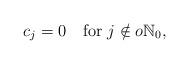
LaTeX: \begin{align*}c_{j}=0\quad\textrm{for }j\notin o\mathbb{N}_{0},\end{align*}